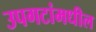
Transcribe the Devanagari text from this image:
उपगटांमधील